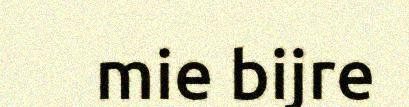
mie bijre